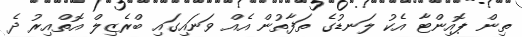
ތިން ޕޮއިންޓާ އެކު ލަނޑުގެ ތަފާތުން އެއް ވަނައިގައި ބްރެޒިލް އޮތްއިރު ދެ